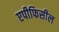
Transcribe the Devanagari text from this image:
एपीफिसील